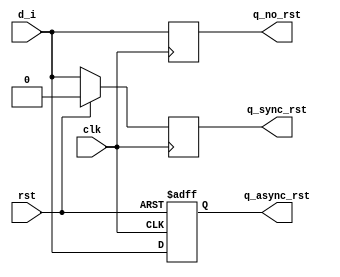
`timescale 1ns / 1ps
//////////////////////////////////////////////////////////////////////////////////
// Company: -
// 
// Design Name: D_Flip_Flop
// Module Name: D_FF
// Project Name: D_Flip_Flop
// Target Devices: 
// Tool Versions: 
// Description: 
// 
// Dependencies: 
// 
// Revision:
// Revision 0.01 - File Created
// Additional Comments:
// 
//////////////////////////////////////////////////////////////////////////////////


module D_FF(
    input clk,
    input rst,
    input d_i,
    output reg q_no_rst,
    output reg q_sync_rst,
    output reg q_async_rst
    );
    
    // No reset mode
  always @(posedge clk)
    q_no_rst <= d_i;

  // Sync reset mode
  always @(posedge clk)
    if (rst)
      q_sync_rst <= 1'b0;
    else
      q_sync_rst <= d_i;

  // Async reset mode
  always @(posedge clk or posedge rst)
    if (rst)
      q_async_rst <= 1'b0;
    else
      q_async_rst <= d_i;
      
endmodule